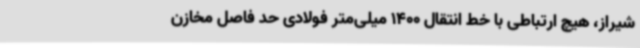
شیراز، هیچ ارتباطی با خط انتقال 1400 میلی‌متر فولادی حد فاصل مخازن